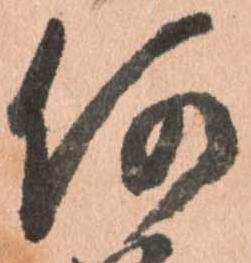
何